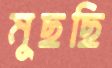
মুছছি